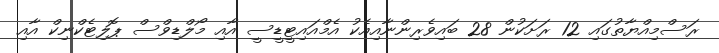
ރަސްމިއްޔާތުގައި 12 ރަށަކުން 28 ބައިވެރިންނާއިއެކު އެމްއައިޓީޑީސީ އާއި މޯލްޑިވްސް ޕޮލިޓެކްނިކް އާއި